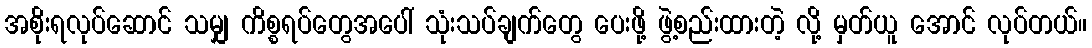
အစိုးရလုပ်ဆောင် သမျှ ကိစ္စရပ်တွေအပေါ် သုံးသပ်ချက်တွေ ပေးဖို့ ဖွဲ့စည်းထားတဲ့ လို့ မှတ်ယူ အောင် လုပ်တယ်။